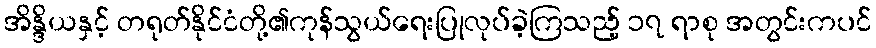
အိန္ဒိယနှင့် တရုတ်နိုင်ငံတို့၏ကုန်သွယ်ရေးပြုလုပ်ခဲ့ကြသည့် ၁၇ ရာစု အတွင်းကပင်